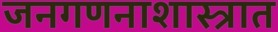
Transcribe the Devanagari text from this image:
जनगणनाशास्त्रात